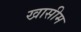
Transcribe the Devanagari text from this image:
खासीम